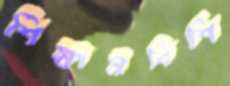
শিক্ষানবিশি